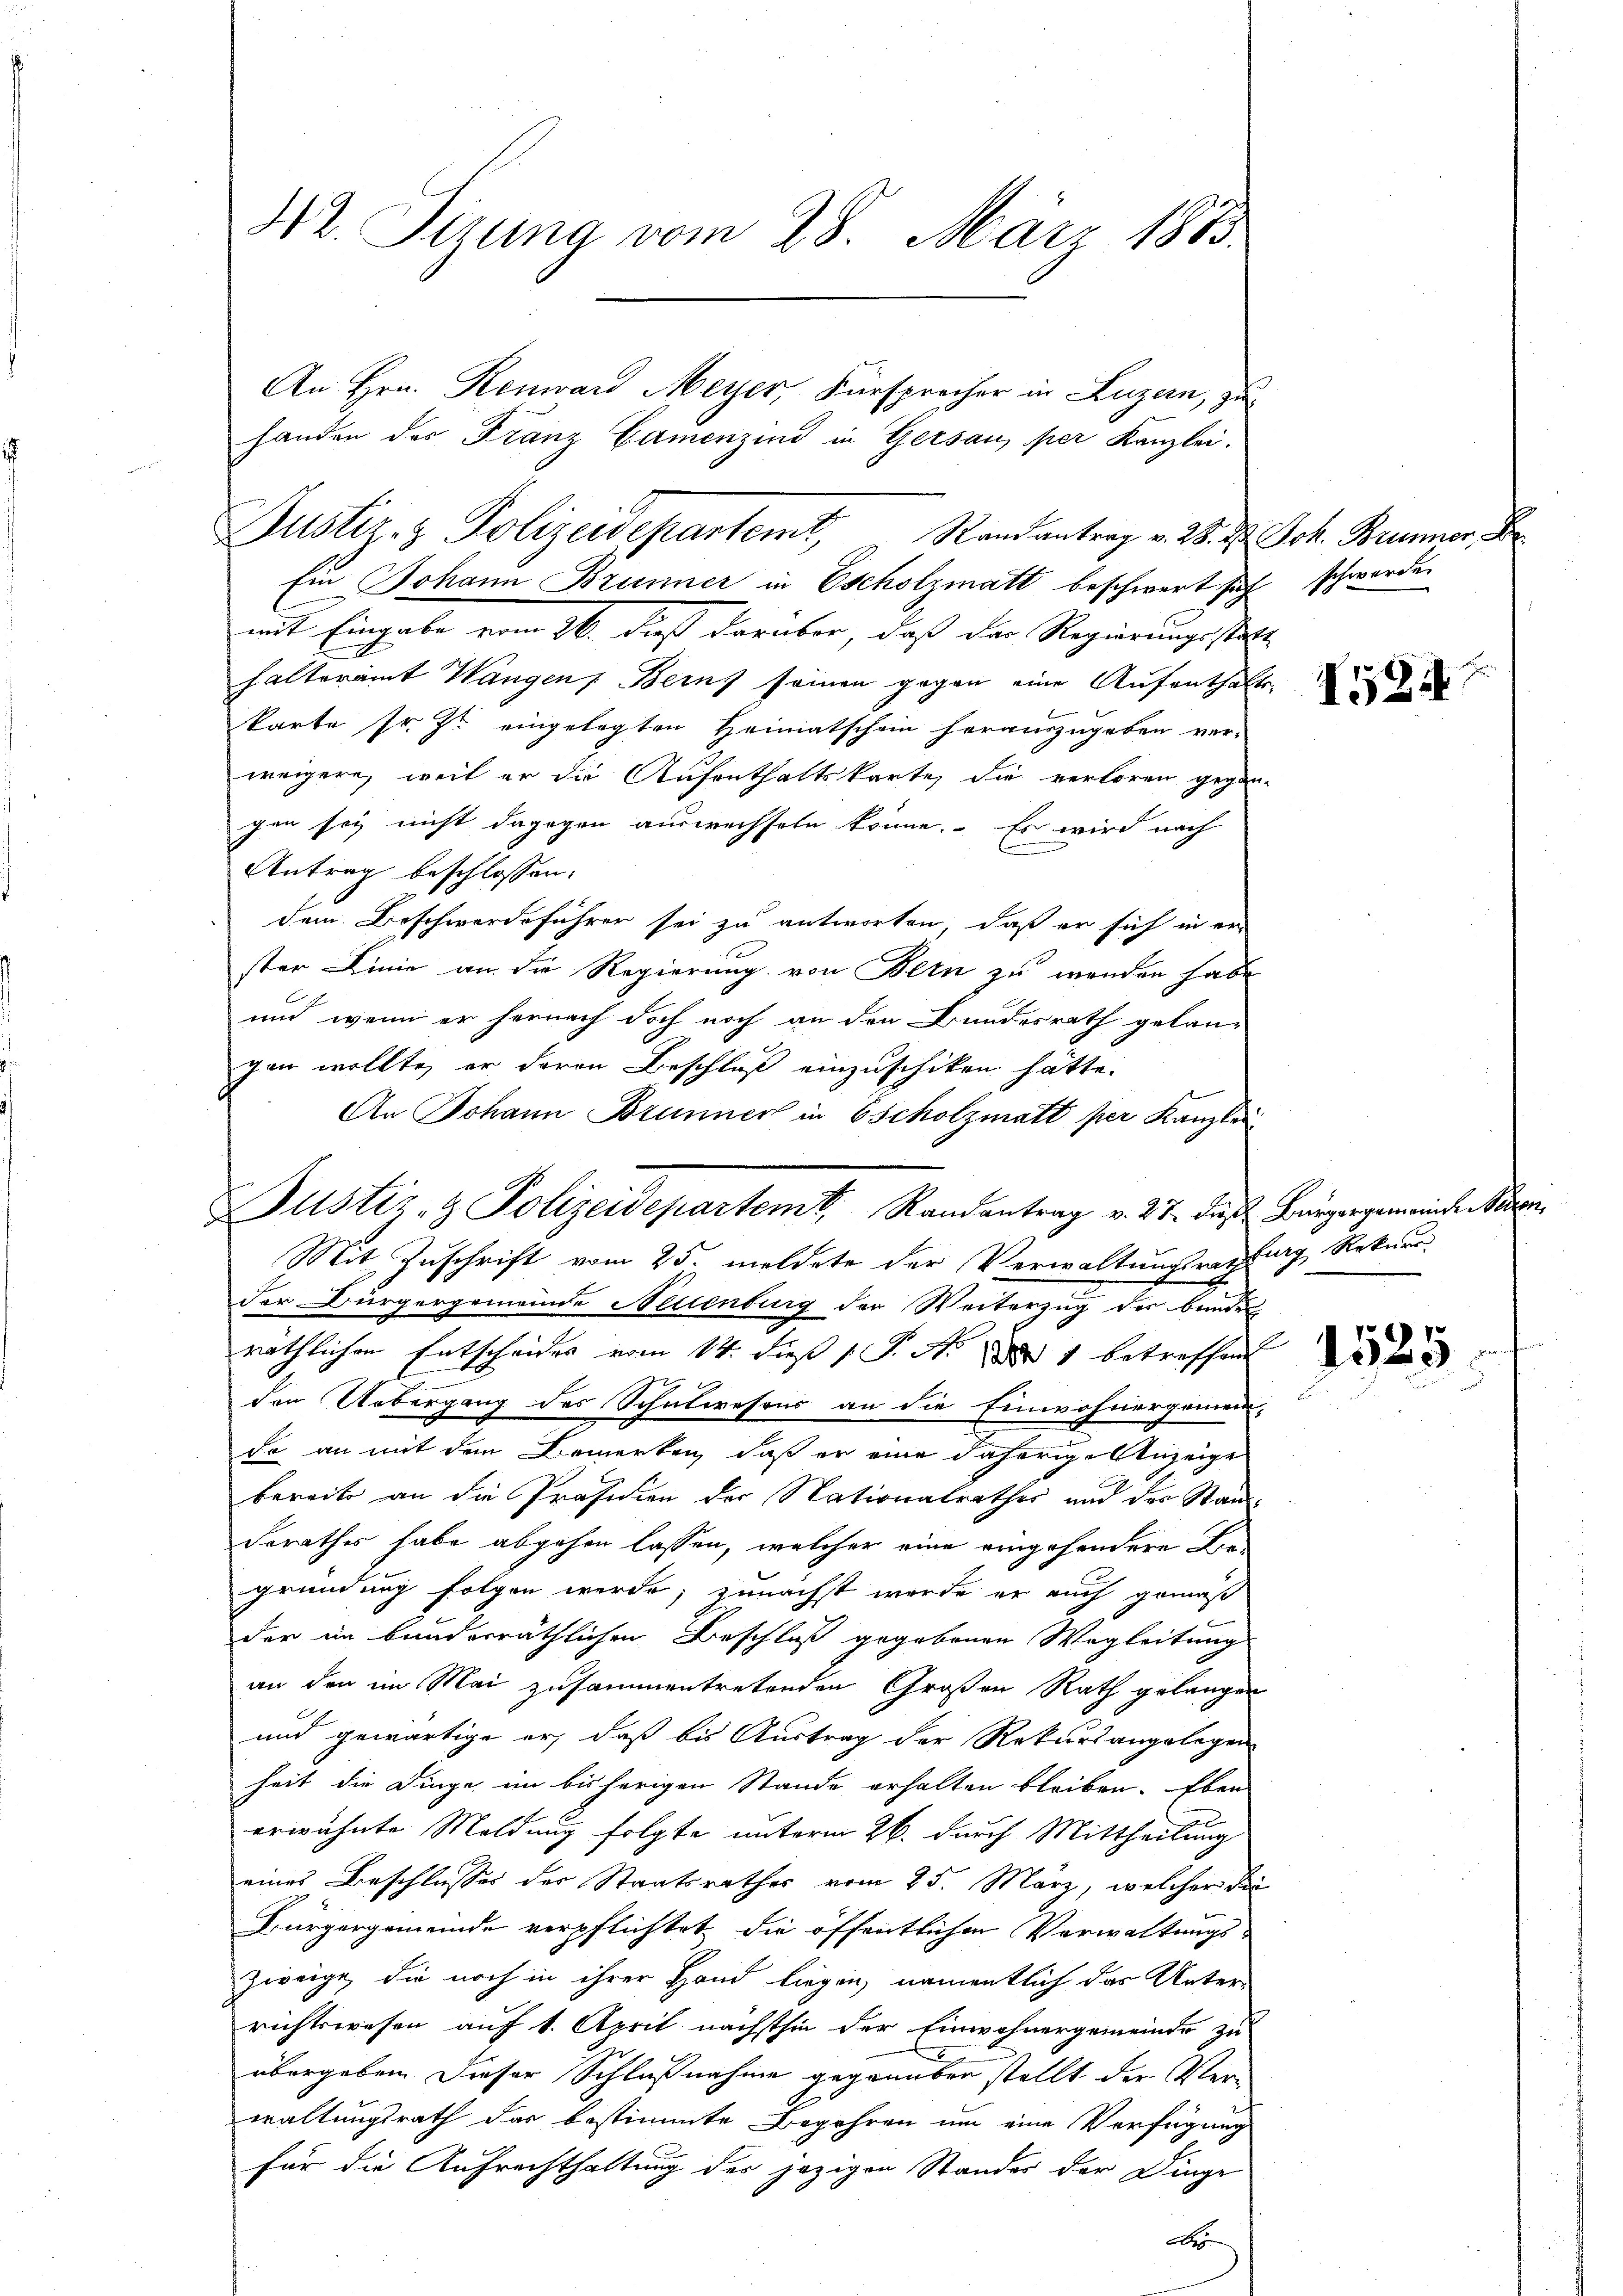
Hr. Sirung vom 28. März 1873.

handen der Franz Gamenzind in Gersau, per Kanzlei.

An Hrn. Renward Meyer, Fürsprocher in Luzern, zu

Justiz- & Polizeidepartemt, Randantrag v. 2. 2. Joh. Brunner

Justiz- & Polizeidepartem Randantrag v. 27. dies Bürgergemeinde Neuen

Ein Johann Brunner in Escholzmatt beschwert sich schwerde
mit Eingabe vom 16. dieß darüber, daß der Regierungsstell
halteramt Wangen Berns seinen gegen eine Aufenthalte
karte sr. Zu eingelegten Heimatschein herauszugeben ver-
weigere, weil er die Aufenthaltskarte, die verloren gegen-
gen sey nicht dagegen auswechseln könne. Es wird nach
Antrag beschlossen:
dem Beschwerdeführer sei zu antworten, daß er sich in er
ster Linie an die Regierung von Bern zu wenden habe
und wenn er hernach doch noch an den Bundesrath gelangen wollte, er davon Beschluß einzuschiken hätte.
An Johann Brunner in scholzmatt per Kanzlei
Mit Zuschrift vom 25. meldete der Verwaltungsrathung Rekurr
Der Bürgergemeinde Nellenburg der Weiterzug der bunden
röthlichen Entscheides vom 14. dieß P. N. d. 1 betreffend
den Uebergang des Schulwesens an die Einwohnergemen-
fo an mit dem Bemerken, daß er eine daherige Anzeige
bereits an die Präsidien der Nationalrathes und des Stan¬
Dorathes habe abgehen lassen, welcher eine eingesondere Begründung folgen werde; zunächst werde er auch gemäß
der im bunderräthlichen Beschluß gegebenen Wegleitung
an den im Mai zusammentretenden Großen Rath gelangen
und gewärtige er, daß bis Austrag der Rekursangelegen
heit die Dinge im bisherigen Stande erhalten bleiben. Eben
erwähnte Meldung folgte unterm 26. durch Mittheilung
eines Beschlusses der Staatsrathes vom 25. März, welcher die
Bürgergemeinde verpflichtet die öffentlichen Verwaltungs-
Zweige, die noch in ihrer Hand liegen, namentlich das Unter
richtswesen auf 1. April nächsthin der Einwohnergemeinde zu
übergeben dieser Schlußnahme gegenüber stellt der Verwaltungsrath das bestimmte Begehren um eine Verfügung
für die Aufrechthaltung der jezigen Standes der Dinge
A

1524

1525